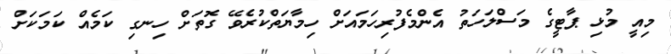
މިއީ މުޅި ޕާޓީގެ މަސްލަހަތު އެންމެފުރިހަމައަށް ހިމާޔަތްކުރެވޭ ގޮތަށް ހިނގި ކަމެއް ކަމަކަށް